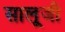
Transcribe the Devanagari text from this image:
सालूजी